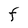
Character: F